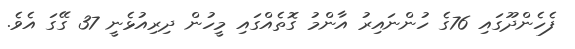
ފެހެންދޫގައި 76ގެ ހުންނައިރު އާންމު ގޮތެއްގައި މީހުން ދިރިއުޅެނީ 37 ގޭގަ އެވެ.